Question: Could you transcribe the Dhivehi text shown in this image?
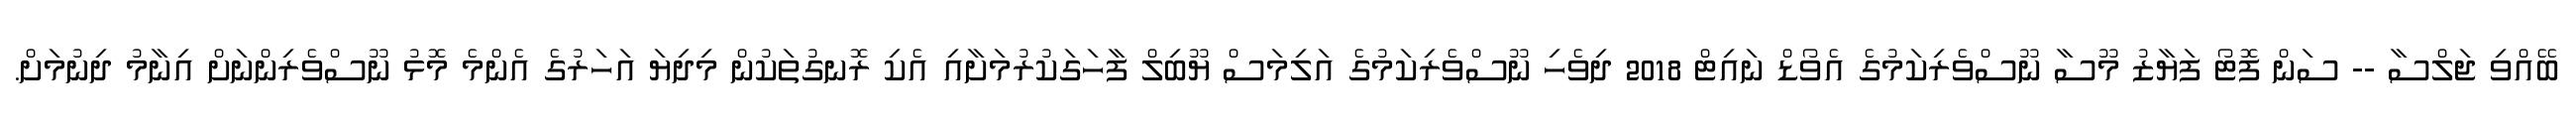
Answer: ބޭއްވި ޖަލްސާ -- ސަން ފޮޓޯ ފަޔާޒު މޫސާ ނޫސްވެރިކަމުގެ އެވޯޑް ނައިޓް 2018 ދިވެހި ނޫސްވެރިކަމުގެ އަލިމަސް ޔޫބިލް ފާހަގަކުރުމަށާއި އެކި ރޮނގުތަކުން މިދިޔަ އަހަރުގެ އެންމެ މޮޅު ނޫސްވެރިންނަށް އިނާމު ދިނުމަށް.